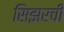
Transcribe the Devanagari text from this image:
सिझरची